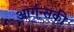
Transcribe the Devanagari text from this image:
आर्गन्सकी